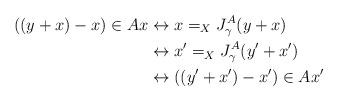
LaTeX: \begin{align*}((y+x)-x)\in A x&\leftrightarrow x=_XJ^A_\gamma(y+x)\\&\leftrightarrow x'=_XJ^A_\gamma(y'+x')\\&\leftrightarrow ((y'+x')-x')\in Ax'\end{align*}